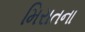
મિરાતના